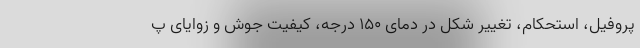
پروفیل، استحکام، تغییر شکل در دمای ۱۵۰ درجه، کیفیت جوش و زوایای پ